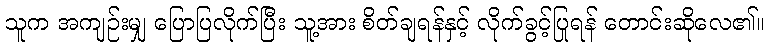
သူက အကျဉ်းမျှ ပြောပြလိုက်ပြီး သူ့အား စိတ်ချရန်နှင့် လိုက်ခွင့်ပြုရန် တောင်းဆိုလေ၏။